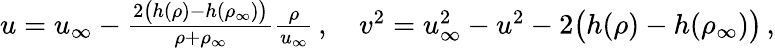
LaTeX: \begin{array}{r}{u=u_{\infty}-\frac{2\big(h(\rho)-h(\rho_{\infty})\big)}{\rho+\rho_{\infty}}\frac{\rho}{u_{\infty}}\, ,\quad v^{2}=u_{\infty}^{2}-u^{2}-2\big(h(\rho)-h(\rho_{\infty})\big)\, ,}\end{array}